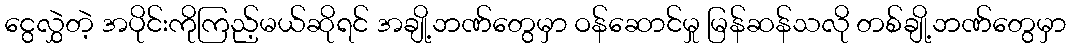
ငွေလွှဲတဲ့ အပိုင်းကိုကြည့်မယ်ဆိုရင် အချို့ဘဏ်တွေမှာ ဝန်ဆောင်မှု မြန်ဆန်သလို တစ်ချို့ဘဏ်တွေမှာ